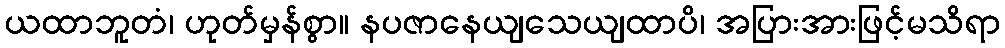
ယထာဘူတံ၊ ဟုတ်မှန်စွာ။ နပဇာနေယျသေယျထာပိ၊ အပြားအားဖြင့်မသိရာ